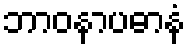
ဘာဝနာပဓာနံ